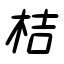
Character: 桔